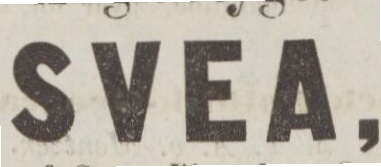
SVEA,